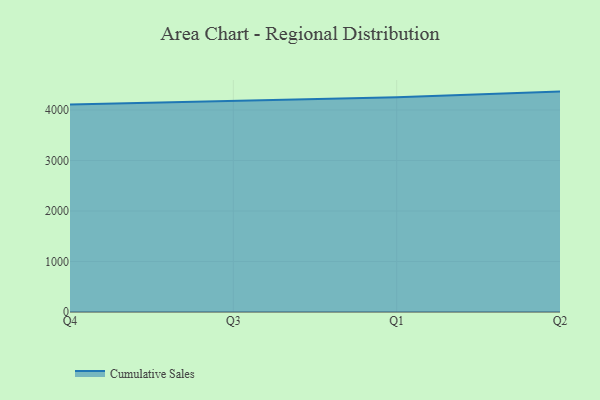
{"axis": {"x": "Quarter", "y": "Conversion Rate (%)"}, "legend": ["Cumulative Sales"], "data": [{"x": "Q4", "y": 4108.6, "type": "Cumulative Sales"}, {"x": "Q3", "y": 4174.3, "type": "Cumulative Sales"}, {"x": "Q1", "y": 4254.6, "type": "Cumulative Sales"}, {"x": "Q2", "y": 4364.3, "type": "Cumulative Sales"}]}